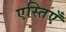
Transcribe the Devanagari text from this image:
एस्तिएँ